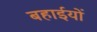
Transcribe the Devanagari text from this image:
बहाईयों